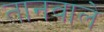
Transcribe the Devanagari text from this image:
तानवाले